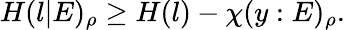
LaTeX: H(l|E)_{\rho}\geq H(l)-\chi(y:E)_{\rho}.